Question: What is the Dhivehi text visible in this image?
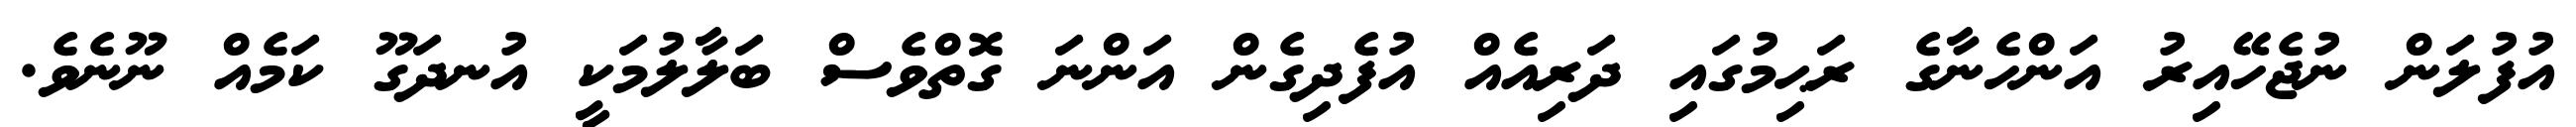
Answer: އުފުލަން ނުޖެހޭއިރު އަންހެނާގެ ރަޙިމުގައި ދަރިއެއް އުފެދިގެން އަންނަ ގޮތްވެސް ބަލާލުމަކީ އުނދަގޫ ކަމެއް ނޫނެވެ.